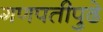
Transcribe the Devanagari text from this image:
गणपतीपुढे